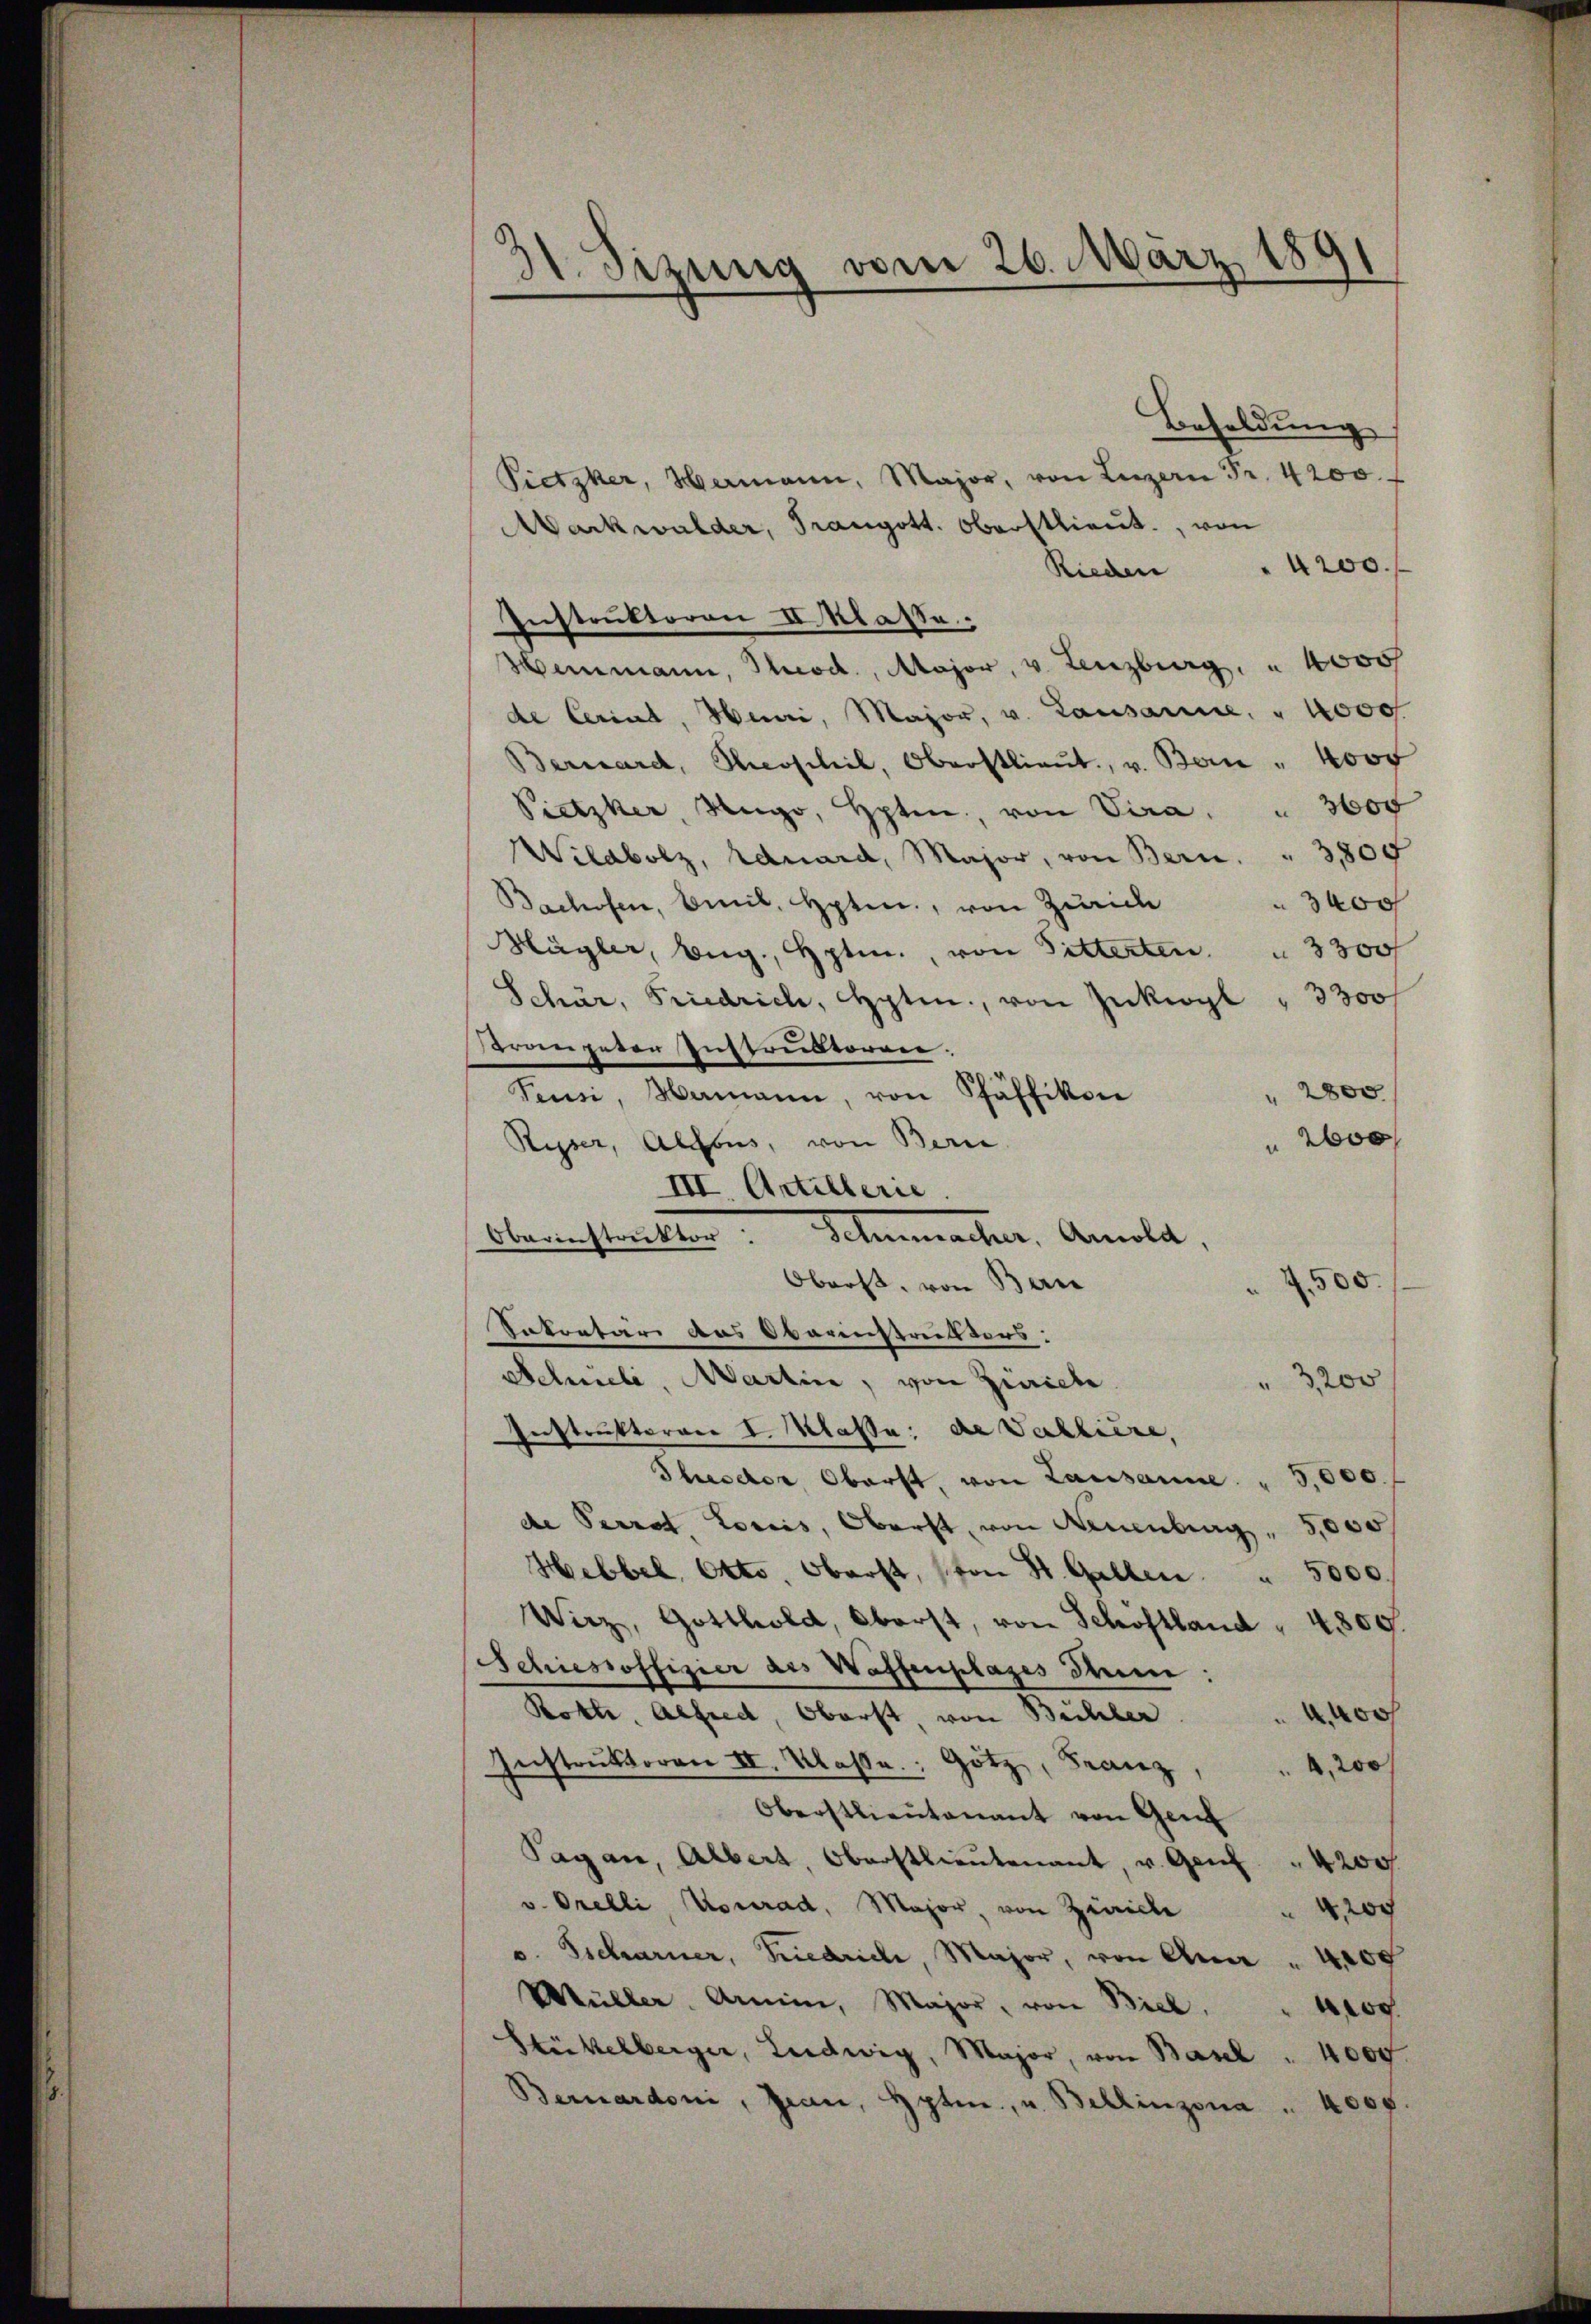
31. Sizung vom 26. März 1891

Besoldung
Pietzker, Hermann, Major, von Luzern Fr. 4200.
Aarkwalder, Trangott. Oberstlieut. von
4200.
Rieden
Instruktoren II Klasse.
Heimann, Theod., Major, v. Lenzburg, " 4000
de Cerint, Muri, Major, v. Lausanne, " 1000
Bernhard, Roschil, Oberstlieŭt. v. Bein " 400f
Pietzker, Hugo, Hpten, von Vera. " 3000
Wildbolz, Eduard, Major, von Bern. " 3,800
Bachofen, beil, Hpten, von Zürich
3400
Mügler, Aug., Hptm., von Pitterten. " 3300 f
Schär, Friedrich, Hpten, von Inkwogl " 3300 f
Prangeten Instruktoren.
 2800
Feusi, Mamann, von Pfäffikon
 2000
Oberst, von Ban
500.
Sekretär aus Oberenstreit ders:
Schmeli, Martin, von Zürich
3,200
Instruktoren I. Klasse: de Valliere,
Theseler Oberst, von Lausanne. " 5,000.
de Perrat Loriis, Oberst, von Neuenburg , 30
Hebbel, Otto, Oberst, von St. Gallen. " 5000.
Wirz, Gotthold, Oberst, von Schoftland " 4809
Schiessoffizier als Waffenplatzes drum:
Rolle, Alfred, Oberst, von Büchler
o
Instrŭktoren II. Klasse. Götz, Franz
4,200
Oberstlieutenant von Genf
Pagan, Albert, Oberstlieutenant, u. Genf " 4200
v. Orelli, Konrad, Major, von Zürich " 4,200
v. Tscharner, Friedrich, Major, von Ana " 400
Müller. Armin, Major, von Biel,
4,100
Stickelberger, Ludwig, Major, von Basel " 4000.
Bernardoni, Jean, Hyten, u. Bellinzona " 4000.

Ryser, Altbus, von Bern
III. Artillerie
Banistritten Schenmacher, Amola